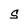
Character: S